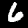
Digit: 6